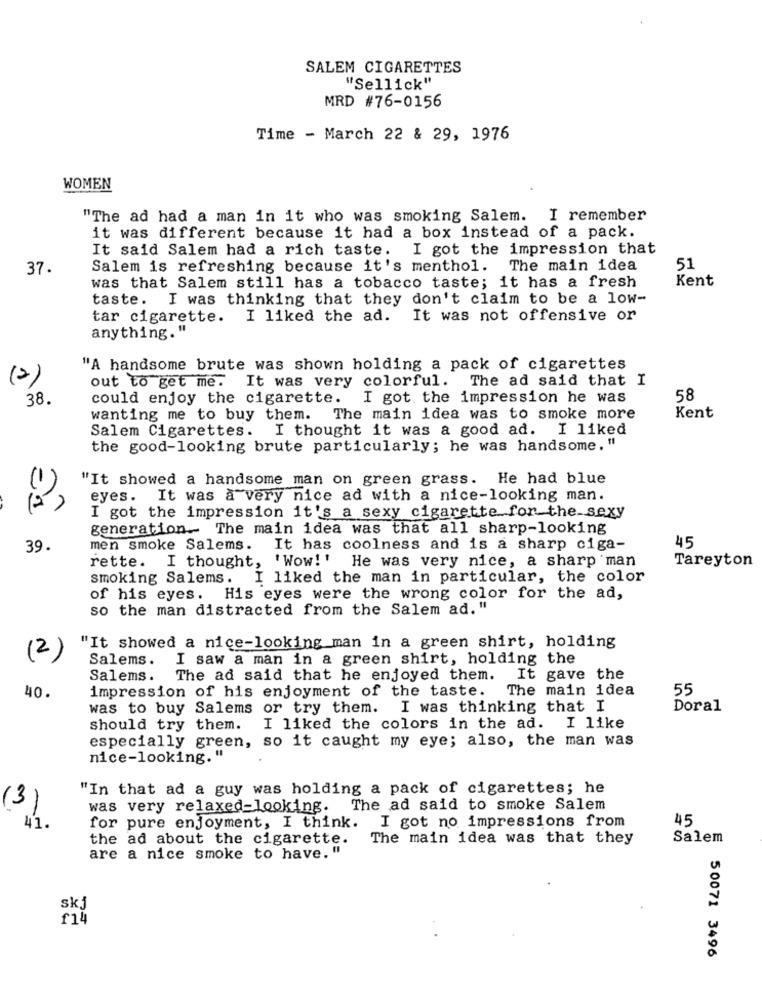
SALEM CIGARETTES
"Sellick"
MRD #76-0156
Time - March 22 & 29, 1976
WOMEN
"The ad had a man in it who was smoking Salem. I remember
it was different because it had a box instead of a pack.
It said Salem had a rich taste. I got the impression that
37.
Salem is refreshing because it's menthol. The main idea
51
Kent
was that Salem still has a tobacco taste; it has a fresh
taste. I was thinking that they don't claim to be a low-
tar cigarette. I liked the ad.
It was not offensive or
anything."
"A handsome brute was shown holding a pack of cigarettes
(2)
out to get me. It was very colorful.
The ad said that I
38.
could enjoy the cigarette.
I got the impression he was
58
wanting me to buy them. The main idea was to smoke more
Kent
Salem Cigarettes.
I thought it was a good ad. I liked
the good-looking brute particularly; he was handsome."
"It showed a handsome man on green grass. He had blue
eyes. It was a very nice ad with a nice-looking man.
(? )
I got the impression it's a sexy cigarette for the sexy
generation. The main idea was that all sharp-looking
45
39.
men smoke Salems. It has coolness and is a sharp ciga-
rette. I thought, 'Wow!' He was very nice, a sharp man
Tareyton
smoking Salems. I liked the man in particular, the color
of his eyes. His eyes were the wrong color for the ad,
so the man distracted from the Salem ad."
"It showed a nice-looking man in a green shirt, holding
(2)
Salems.
I saw a man in a green shirt, holding the
Salems. The ad said that he enjoyed them.
It gave the
40.
impression of his enjoyment of the taste.
The main idea
55
was to buy Salems or try them. I was thinking that I
Doral
should try them.
I liked the colors in the ad.
I like
especially green, so it caught my eye; also, the man was
nice-looking."
"In that ad a guy was holding a pack of cigarettes; he
(3)
was very relaxed-looking. The ad said to smoke Salem
I got no impressions from
45
41.
for pure enjoyment, I think.
the ad about the cigarette.
The main idea was that they
Salem
are a nice smoke to have."
50071 3496